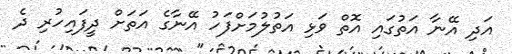
އަދި އޭނާ އަތުގައި އޮތް ވަޅި އަތުލުމަށްފަހު އޭނާގެ އަތަށް ދީފައިހުރި ދެ